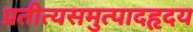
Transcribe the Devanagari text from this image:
प्रतीत्यसमुत्पादहृदय